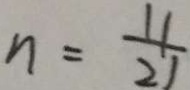
n = \frac { 1 1 } { 2 1 }